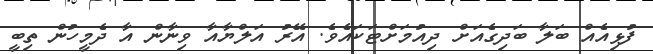
ފުޅިއެއް ބަލާ ބަދިގެއަށް ދިއުމަށްޓަކައެވެ. އޭރު އަލްޔާއާ ވިނާން އާ ދެމީހުން ތިބީ